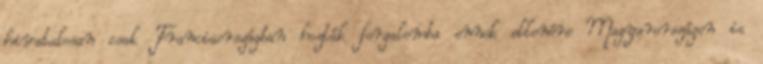
hivatalosan csak Franciaországban hozták forgalomba ennek ellenére Magyarországon is